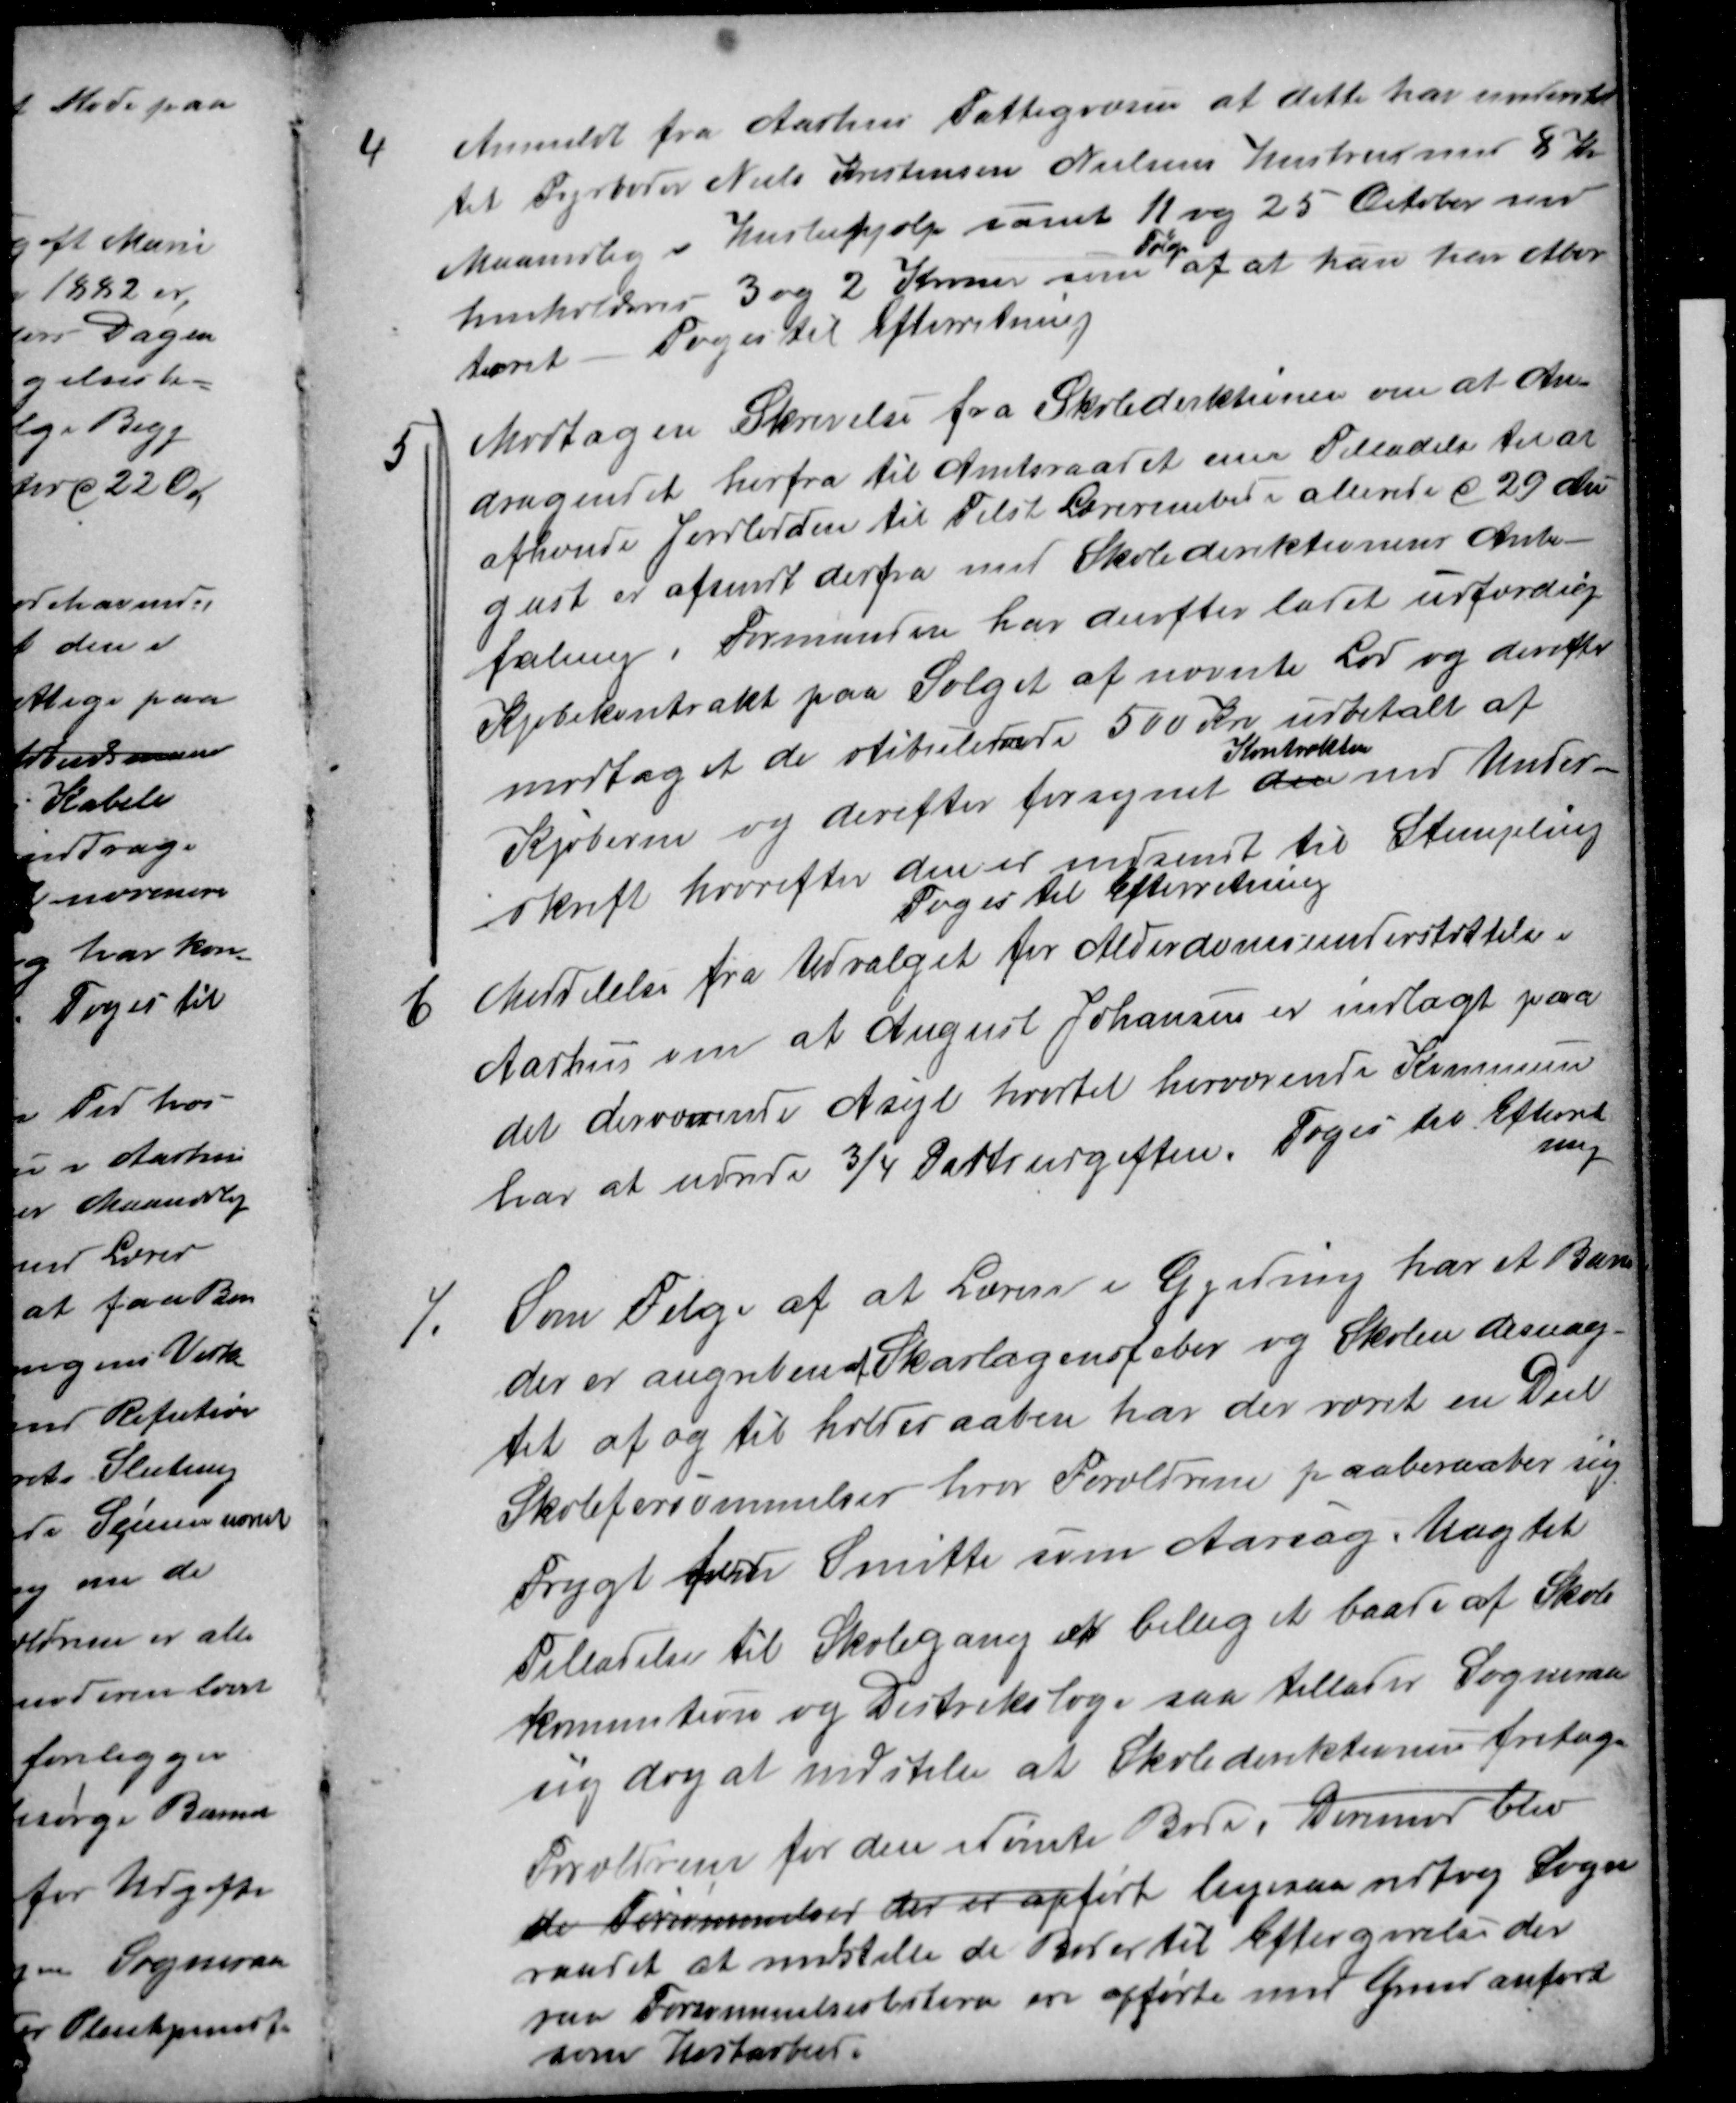
Transskription:
4
Anmeldt fra Aarhus Fattigvæsen at dette har understøt
tet Fyrbøder Niels Kristensen Nielsens Hustru med 8 Kr
Maanedlig i Husleiehjælp samt 11 og 25 October med
henholdsvis 3 og 2 Kroner som 
Følge
af at hun har Abor
teret
Toges til Efterretning
5
Modtagen Skrivelse fra Skoledirektionen om at An-
dragendet herfra til Amtsraadet om Tilladelse til at
afhænde Jordlodden til Tilst Lærerembedet allerede d 29 Au
gust er afsendt derfra med Skoledirektionens Anbe-
faling. Formanden har derefter ladet udfærdig
Kjøbekontrakt paa Salget af nævnte Lod og derefter
modtaget de stibulerede 500 Kr udbetalt af
Kjøberen og derefter forsynet den
Kontrakten
med Under-
skrift hvorefter den er indsendt til Stempling
Toges til Efterretning
6
Meddelelse fra Udvalget for Alderdomsunderstøttelse i
Aarhus om at August Johansen er indlagt paa
det derværende Asyl hvortil herværende Kommune
har at udrede ¾ Partsudgiften. Toges til Efterret
ning
7.
Som Følge af at Læreren i Gjeding har et Barn
der er angreben af Skarlagensfeber og Skolen desuag-
tet af og til holder aaben har der været en Deel
Skoleforsømmelser hvor Forældrene paaberaaber sig
Frygt for Smitte som Aarsag. Uagtet
Tilladelse til Skolegang er biliget baade af Skole
kommition og Distrikslæge saa tillader Sogneraad
sig dog at indstille at Skoledirektionen fritager
Forældrene for den idømte Bøde. Derimod blev
de Forsømmelser der er opført ligesaa vedtog Sogne
raadet at indstille de Bøder til Eftergivelse der
paa Forsømmelseslisterne ere opførte med Grund anført
som Kostbarhed.